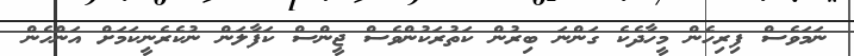
ނަމަވެސް ފިރިހެން މީހާދެކެ ގަންނަ ބިރުން ކަތުރަކުންވެސް ޖީންސް ކަފާލަން ނުކެރެނީކަމަށް އަންހެން